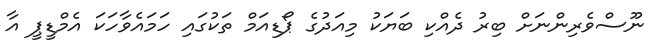
ނޫސްވެރިންނަށް ބިރު ދެއްކި ބަޔަކު މިއަދުގެ ޕޯޑިއަމް ތަކުގައި ހަމައެވާހަކަ އެމްޑީޕީ އާ